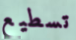
تسطيع